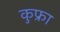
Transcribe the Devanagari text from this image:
कुफ्रा